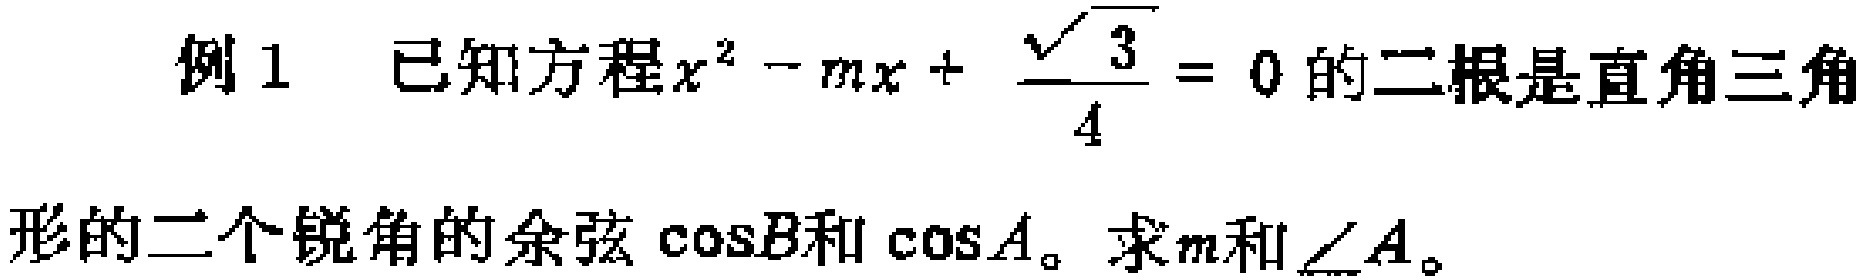
例1 已知方程$x^{2}-mx+\frac{\sqrt{3}}{4}=0$的二根是直角三角形的二个锐角的余弦$\cos B$和$\cos A$。求$m$和$\angle A$。